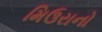
મિઉરાનો